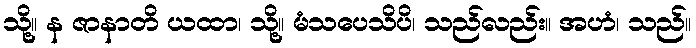
သို့။ န ဇာနာတိ ယထာ၊ သို့။ မံသပေသိပိ၊ သည်လည်း။ အဟံ၊ သည်။